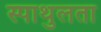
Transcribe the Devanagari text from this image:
स्पाथुलता